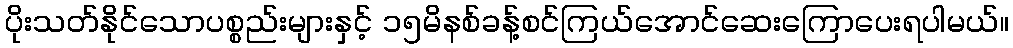
ပိုးသတ်နိုင်သောပစ္စည်းများနှင့် ၁၅မိနစ်ခန့်စင်ကြယ်အောင်ဆေးကြောပေးရပါမယ်။